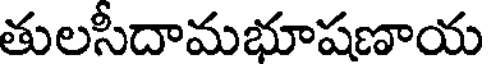
తులసీదామభూషణాయ